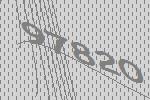
97820